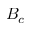
B _ { c }